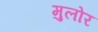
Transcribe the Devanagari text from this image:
मुलोर